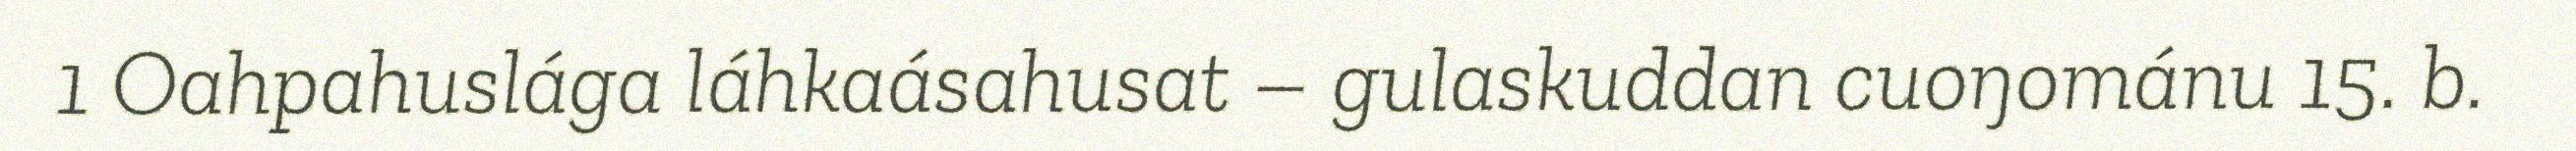
1 Oahpahuslága láhkaásahusat – gulaskuddan cuoŋománu 15. b.